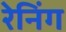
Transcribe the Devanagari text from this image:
रेनिंग